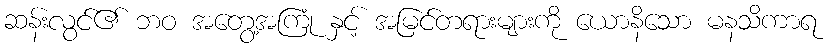
ဆန်းလွင်၏ ဘဝ အတွေ့အကြုံ နှင့် အမြင်တရားများကို ယောနိသော မနသိကာရ